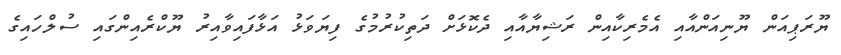
ޔޫރަޕިއަން ޔޫނިއަންއާއި އެމެރިކާއިން ރަޝިޔާއާއި ދެކޮޅަށް ދަތިކުރުމުގެ ފިޔަވަޅު އަޅާފައިވާއިރު ޔޫކްރެއިންގައި ސުލްހައިގެ